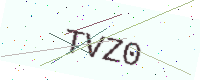
Text: TVZ0